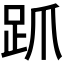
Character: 𬦦